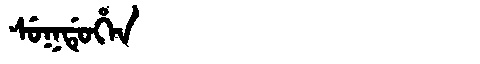
Manchu: ᠰᡠᡴᡩᡠᡥᡝᠨ
Romanization: SUKDUHEN